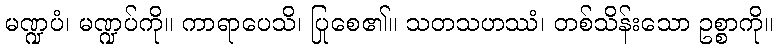
မဏ္ဍပံ၊ မဏ္ဍပ်ကို။ ကာရာပေသိ၊ ပြုစေ၏။ သတသဟဿံ၊ တစ်သိန်းသော ဥစ္စာကို။